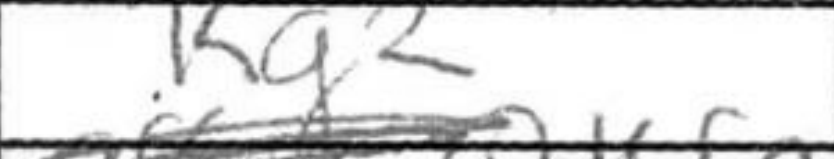
Transcription: Kg2